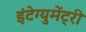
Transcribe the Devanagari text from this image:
इंटेग्युमेंट्री